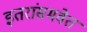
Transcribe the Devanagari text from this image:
इतरांसमवेत